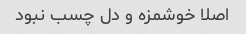
اصلا خوشمزه و دل چسب نبود